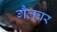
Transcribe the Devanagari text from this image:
गैलघर